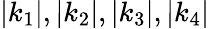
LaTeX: |k_{1}|,|k_{2}|,|k_{3}|,|k_{4}|